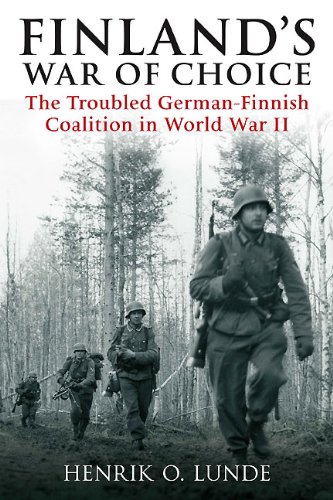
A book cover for Finland's War of Choice: The Troubled German-Finnish Coalition in World War II; Henrik Lunde; History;